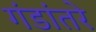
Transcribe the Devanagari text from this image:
गंडांतरे